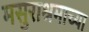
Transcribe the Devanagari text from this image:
मसुराश्रमाच्या